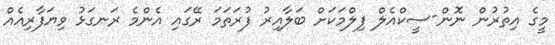
މީގެ އިތުރުން ނޮން-ސީކްއެލް ފިލްމަކަށް ބަލާއިރު ފުރަތަމަ ރޭގައި އެންމެ ރަނގަޅު ވިޔަފާރިއެއް